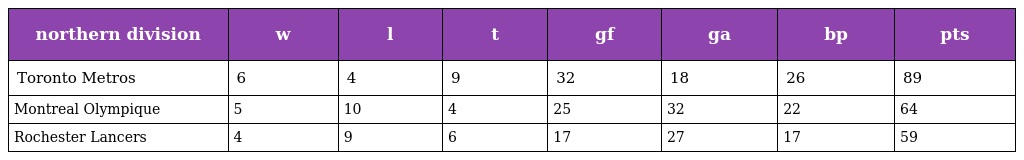
| northern division | w | l | t | gf | ga | bp | pts |
 | --- | --- | --- | --- | --- | --- | --- | --- |
 | Toronto Metros | 6 | 4 | 9 | 32 | 18 | 26 | 89 |
 | Montreal Olympique | 5 | 10 | 4 | 25 | 32 | 22 | 64 |
 | Rochester Lancers | 4 | 9 | 6 | 17 | 27 | 17 | 59 |